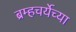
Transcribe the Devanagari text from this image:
ब्रम्हचर्येच्या